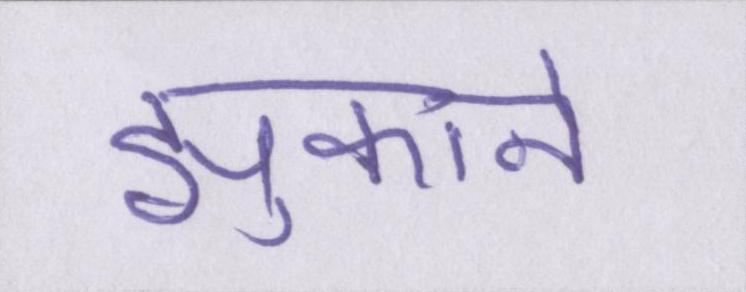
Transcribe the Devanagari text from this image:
झुकाने